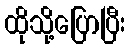
ထိုသို့ပြောပြီး